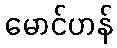
မောင်ဟန်